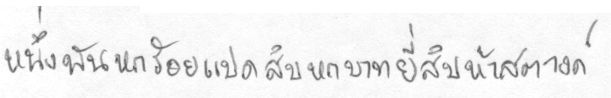
หนึ่งพันหกร้อยแปดสิบบหกบาทยี่สิบห้าสตางค์